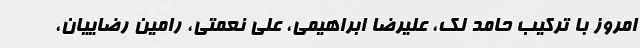
امروز با ترکیب حامد لک، علیرضا ابراهیمی، علی نعمتی، رامین رضاییان،